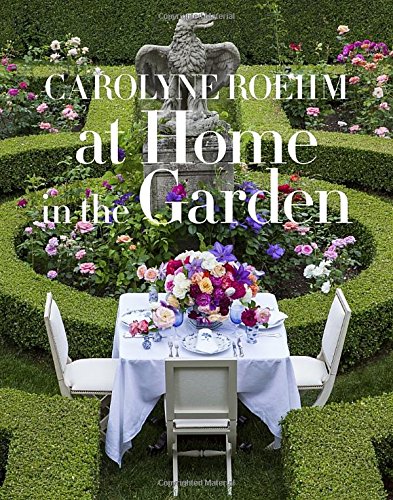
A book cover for At Home in the Garden; Carolyne Roehm; Crafts, Hobbies & Home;